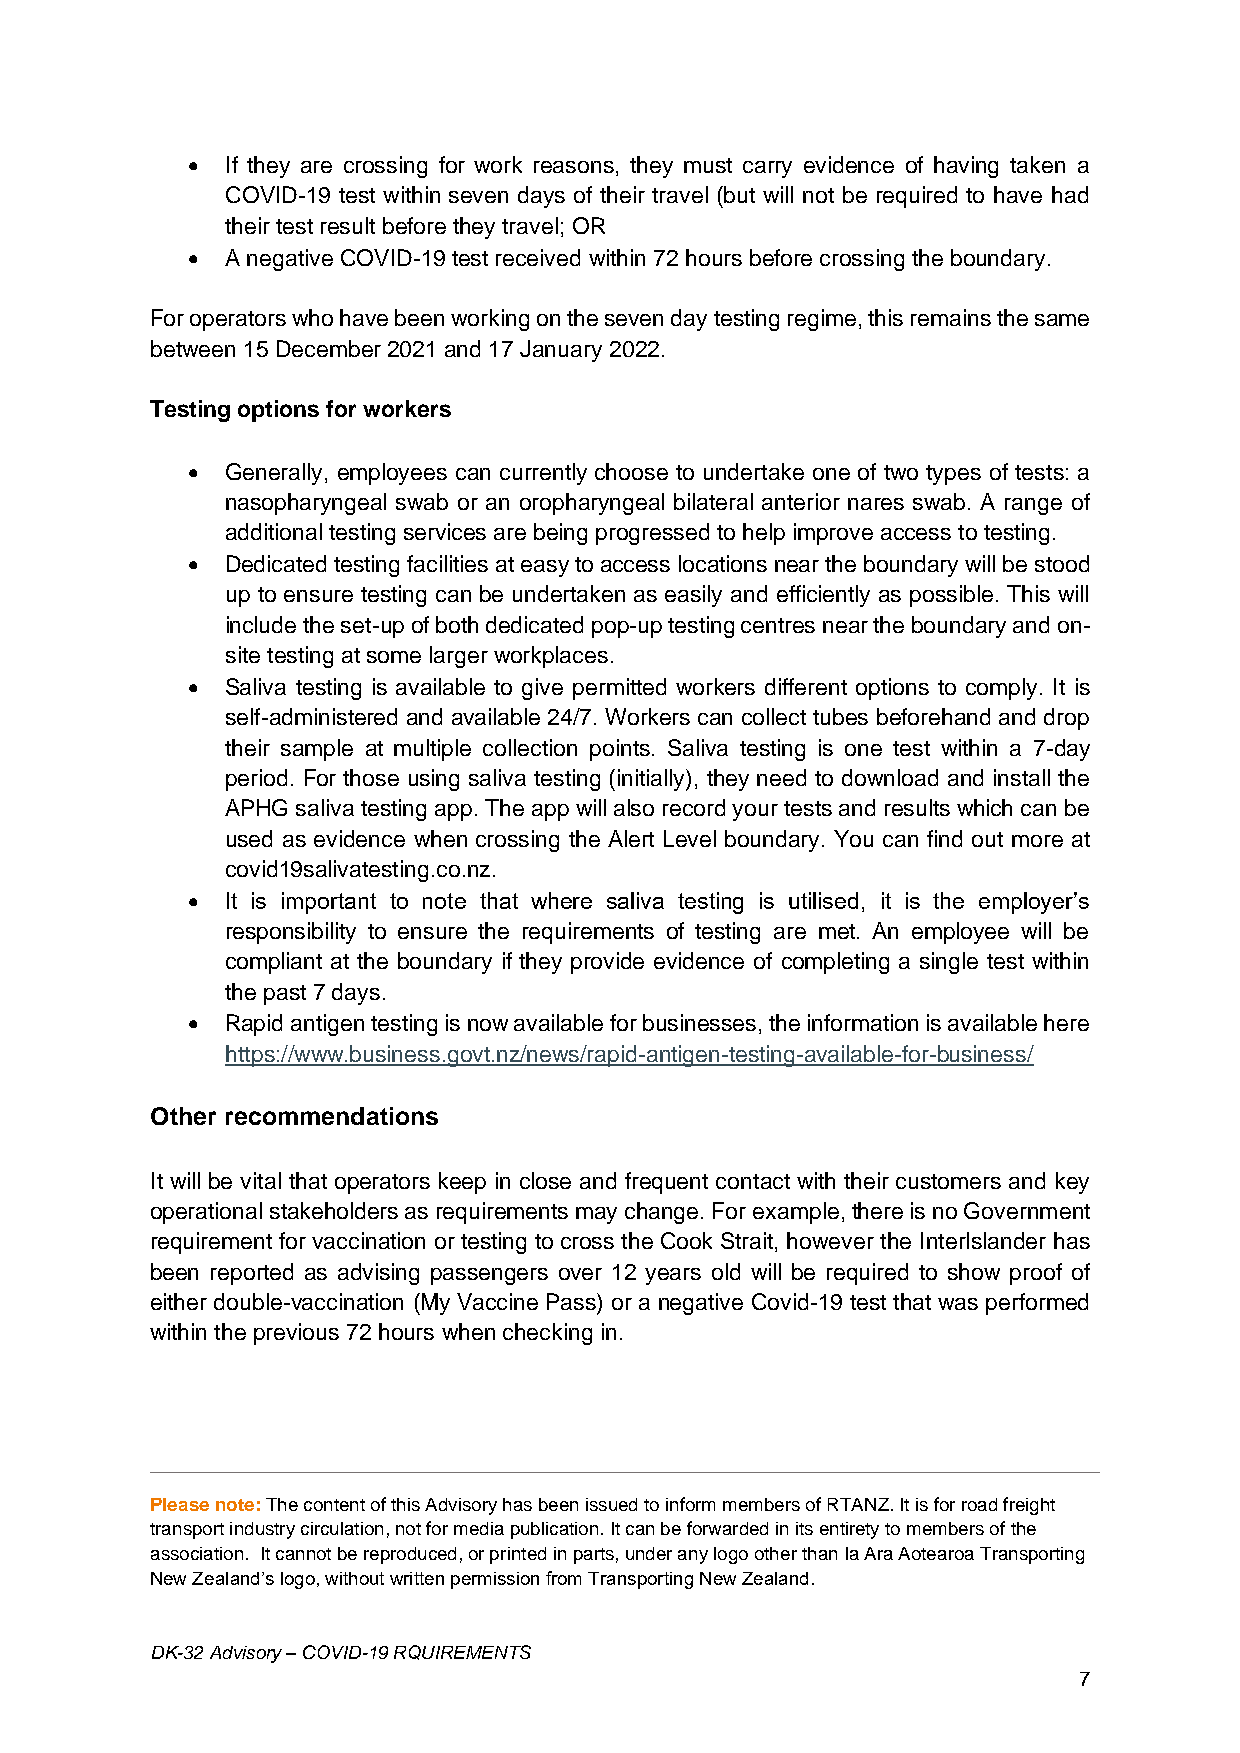
•  If they are crossing for work reasons, they must carry evidence of having taken a
 COVID-19 test within seven days of their travel (but will not be required to have had
 their test result before they travel; OR
 •  A negative COVID-19 test received within 72 hours before crossing the boundary.
 For operators who have been working on the seven day testing regime, this remains the same
 between 15 December 2021 and 17 January 2022.
 Testing options for workers
 •  Generally, employees can currently choose to undertake one of two types of tests: a
 nasopharyngeal swab or an oropharyngeal bilateral anterior nares swab. A range of
 additional testing services are being progressed to help improve access to testing.
 •  Dedicated testing facilities at easy to access locations near the boundary will be stood
 up to ensure testing can be undertaken as easily and efficiently as possible. This will
 include the set-up of both dedicated pop-up testing centres near the boundary and on-
 site testing at some larger workplaces.
 •  Saliva testing is available to give permitted workers different options to comply. It is
 self-administered and available 24/7. Workers can collect tubes beforehand and drop
 their sample at multiple collection points. Saliva testing is one test within a 7-day
 period. For those using saliva testing (initially), they need to download and install the
 APHG saliva testing app. The app will also record your tests and results which can be
 used as evidence when crossing the Alert Level boundary. You can find out more at
 covid19salivatesting.co.nz.
 •  It is important to note that where saliva testing is utilised, it is the employer’s
 responsibility to ensure the requirements of testing are met. An employee will be
 compliant at the boundary if they provide evidence of completing a single test within
 the past 7 days.
 •  Rapid antigen testing is now available for businesses, the information is available here
 https://www.business.govt.nz/news/rapid-antigen-testing-available-for-business/
 Other recommendations
 It will be vital that operators keep in close and frequent contact with their customers and key
 operational stakeholders as requirements may change. For example, there is no Government
 requirement for vaccination or testing to cross the Cook Strait, however the InterIslander has
 been reported as advising passengers over 12 years old will be required to show proof of
 either double-vaccination (My Vaccine Pass) or a negative Covid-19 test that was performed
 within the previous 72 hours when checking in.
 Please note: The content of this Advisory has been issued to inform members of RTANZ. It is for road freight
 transport industry circulation, not for media publication. It can be forwarded in its entirety to members of the
 association. It cannot be reproduced, or printed in parts, under any logo other than Ia Ara Aotearoa Transporting
 New Zealand’s logo, without written permission from Transporting New Zealand.
 DK-32 Advisory – COVID-19 RQUIREMENTS
 7